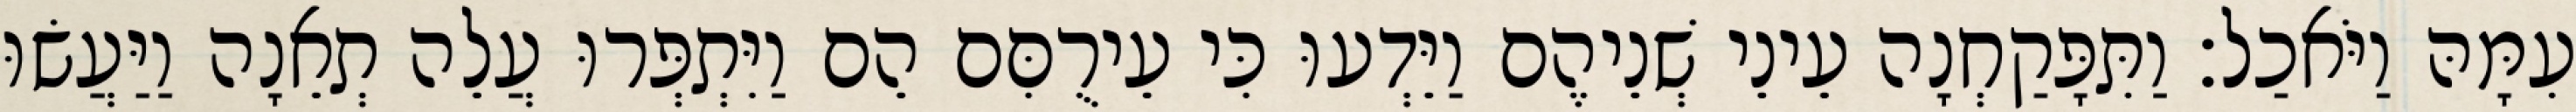
עִמָּהּ וַיֹּאכַל׃ וַתִּפָּקַחְנָה עֵינֵי שְׁנֵיהֶם וַיֵּדְעוּ כִּי עֵירֻםִּם הֵם וַיִּתְפְּרוּ עֲלֵה תְאֵנָה וַיַּעֲשׂוּ